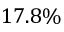
1 7 . 8 \%